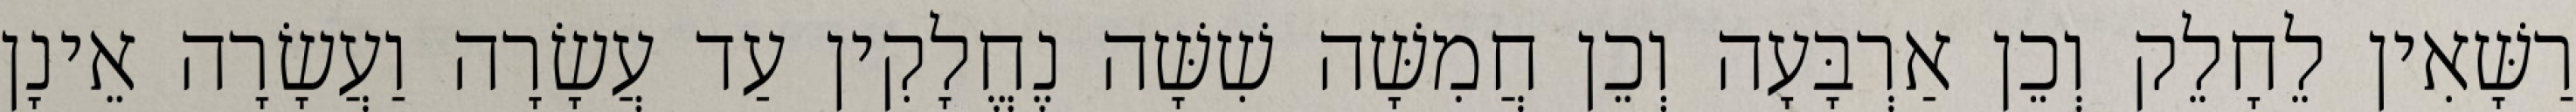
רַשָּׁאִין לֵחָלֵק וְכֵן אַרְבָּעָה וְכֵן חֲמִשָּׁה שִׁשָּׁה נֶחֱלָקִין עַד עֲשָׂרָה וַעֲשָׂרָה אֵינָן